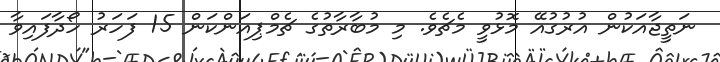
ނަތީޖާއަކުން އުރުގުއޭ މޮޅުވީ މެޗެވެ. މި މުބާރާތުގެ ޗެމްޕިއަންކަން 15 ފަހަރު ހޯދާފައިވާ